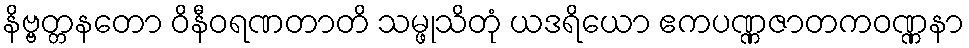
နိဗ္ဗတ္တနတော ဝိနီဝရဏတာတိ သမ္ဖုသိတုံ ယဒရိယော ဧကပဏ္ဏဇာတကဝဏ္ဏနာ